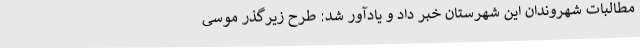
مطالبات شهروندان این شهرستان خبر داد و یادآور شد: طرح زیرگذر موسی